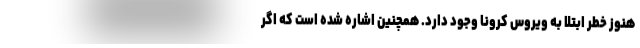
هنوز خطر ابتلا به ویروس کرونا وجود دارد. همچنین اشاره شده است که اگر